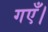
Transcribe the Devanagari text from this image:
गएँ।